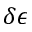
\delta \epsilon